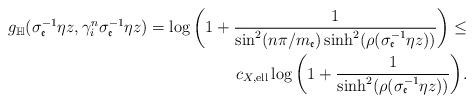
LaTeX: \begin{align*}g_{\mathbb{H}}(\sigma_{\mathfrak{e}}^{-1}\eta z,\gamma_{i}^{n}\sigma_{\mathfrak{e}}^{-1}\eta z)=\log\bigg(1+\frac{1}{\sin^{2}(n\pi\slash m_{\mathfrak{e}})\sinh^{2}(\rho(\sigma_{\mathfrak{e}}^{-1}\eta z))}\bigg)\leq \\c_{X,\mathrm{ell}}\log\bigg(1+\frac{1}{\sinh^{2}(\rho(\sigma_{\mathfrak{e}}^{-1}\eta z))}\bigg).\end{align*}